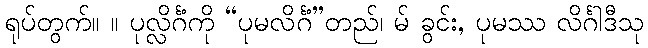
ရုပ်တွက်။ ။ ပုလ္လိင်္ဂံကို “ပုမလိင်္ဂံ”တည်၊ မ် ခွင်း, ပုမဿ လိင်္ဂါဒီသု